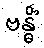
ဗန္ဓိံ